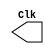
`timescale 100ns / 10ns
//////////////////////////////////////////////////////////////////////////////////
// Company: 
// Engineer: 
// 
// Design Name: 
// Module Name:    Clockgen 
// Project Name: 
// Target Devices: 
// Tool versions: 
// Description: 
//
// Dependencies: 
//
// Revision: 
// Revision 0.01 - File Created
// Additional Comments: 
//
//////////////////////////////////////////////////////////////////////////////////
module Clockgen(
    output reg Clk
    );

initial
begin
Clk = 0; // Keep the Clock as Low for Initial State
end
always
begin
#50
Clk = ~Clk; // At every 5 us Clock will toggle
end // Time Period of Clock = 10 us => 100 KHz Freq for I2C

endmodule